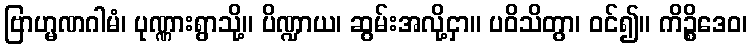
ဗြာဟ္မဏဂါမံ၊ ပုဏ္ဏားရွာသို့။ ပိဏ္ဍာယ၊ ဆွမ်းအလို့ငှာ။ ပဝိသိတွာ၊ ဝင်၍။ ကိဉ္စိဒေဝ၊